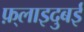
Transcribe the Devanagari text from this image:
फ़्लाइदुबई